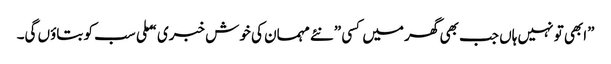
”ابھی تو نہیں ہاں جب بھی گھر میں کسی ”نئے مہمان کی خوش خبری “ ملی سب کو بتاوٴں گی۔